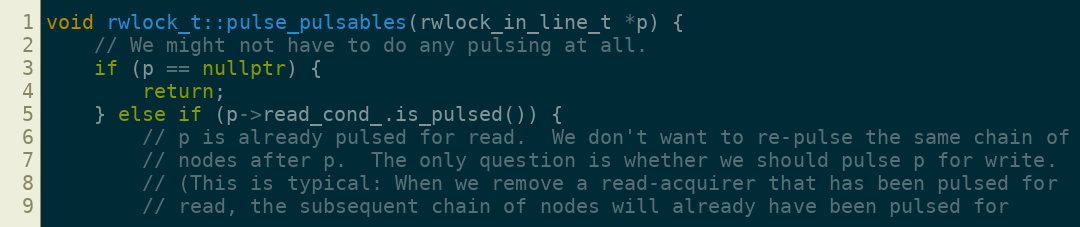
Language: C++
void rwlock_t::pulse_pulsables(rwlock_in_line_t *p) {
    // We might not have to do any pulsing at all.
    if (p == nullptr) {
        return;
    } else if (p->read_cond_.is_pulsed()) {
        // p is already pulsed for read.  We don't want to re-pulse the same chain of
        // nodes after p.  The only question is whether we should pulse p for write.
        // (This is typical: When we remove a read-acquirer that has been pulsed for
        // read, the subsequent chain of nodes will already have been pulsed for